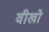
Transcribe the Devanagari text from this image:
वीखो